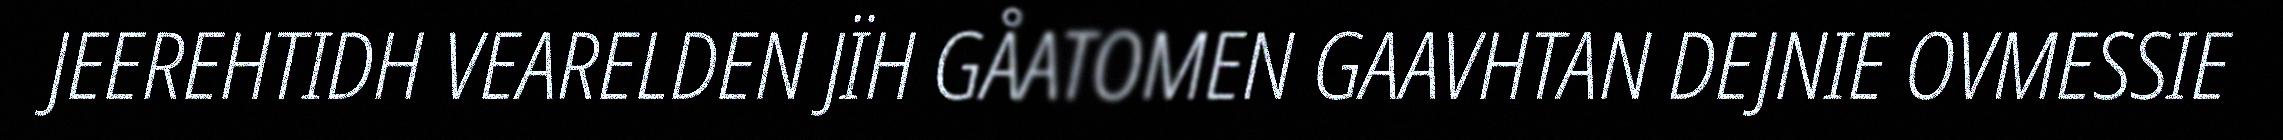
JEEREHTIDH VEARELDEN JÏH GÅATOMEN GAAVHTAN DEJNIE OVMESSIE